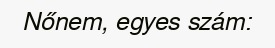
Nőnem, egyes szám: